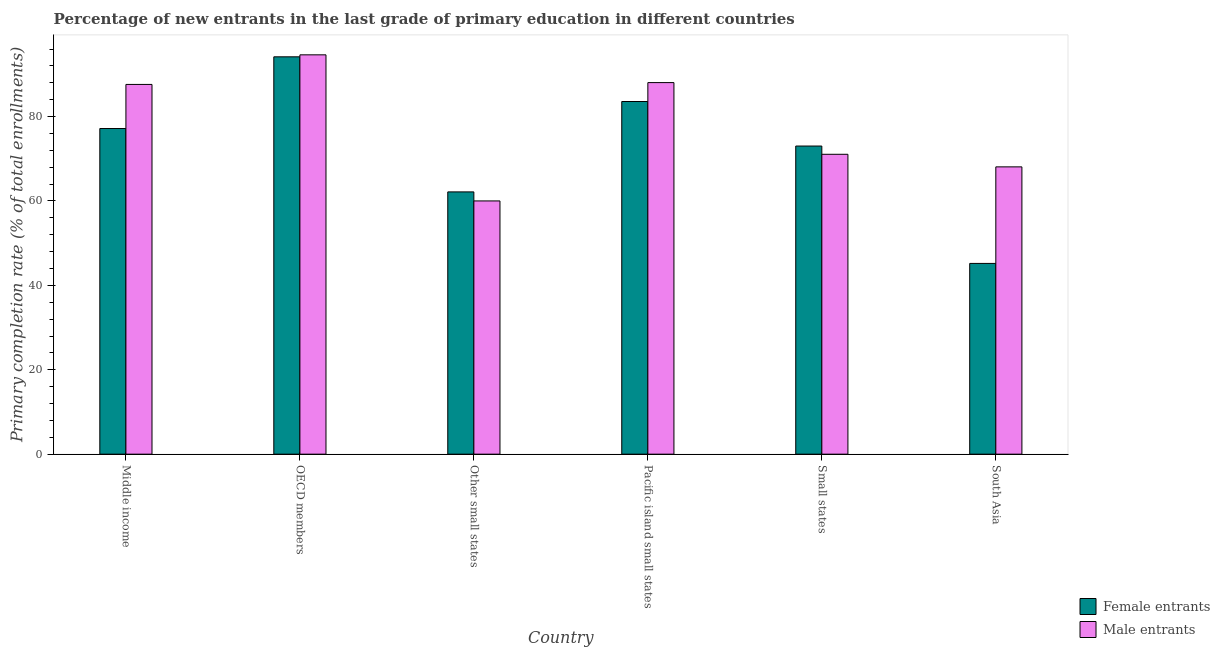
| Country | Female entrants | Male entrants |
 | --- | --- | --- |
 | Middle income | 77.2 | 87.6 |
 | OECD members | 94.2 | 94.6 |
 | Other small states | 62.2 | 60 |
 | Pacific island small states | 83.6 | 88.1 |
 | Small states | 73 | 71.1 |
 | South Asia | 45.2 | 68.1 |